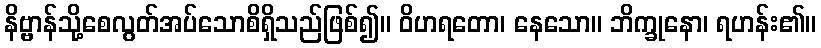
နိဗ္ဗာန်သို့စေလွတ်အပ်သောစိရှိသည်ဖြစ်၍။ ဝိဟရတော၊ နေသော။ ဘိက္ခုနော၊ ရဟန်း၏။